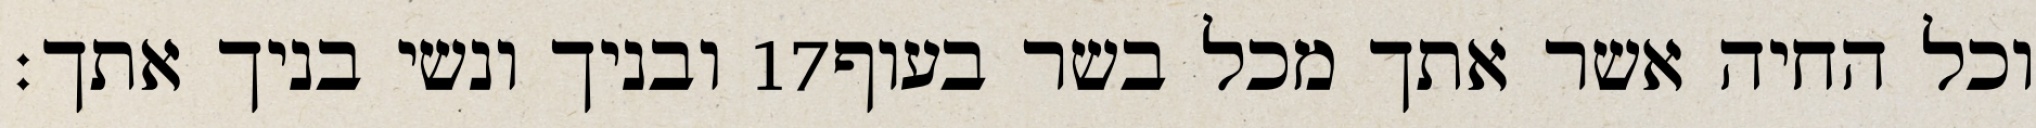
ובניך ונשי בניך אתך׃ ‎17‏ וכל החיה אשר אתך מכל בשר בעוף